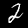
Label: 2